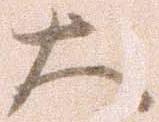
大